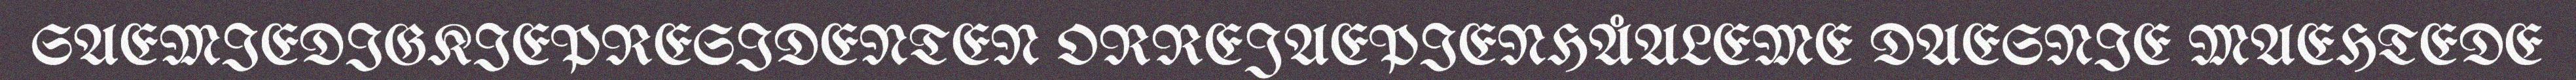
SAEMIEDIGKIEPRESIDENTEN ORREJAEPIENHÅALEME DAESNIE MAEHTEDE